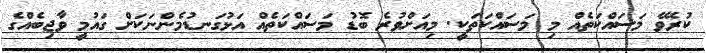
ކުރެވޭ މަސައްކަތެއް މި މަސައްކަތަކީ. މިއަށްވުރެ ބޮޑު މަސައްކަތެއް އަޅުގަނޑުމެންނަކަށް ގައުމީ ވާޖިބެއްގެ